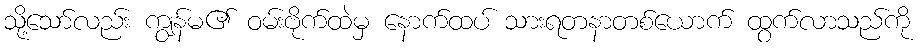
သို့သော်လည်း ကျွန်မ၏ ဝမ်းဗိုက်ထဲမှ နောက်ထပ် သားရတနာတစ်ယောက် ထွက်လာသည်ကို